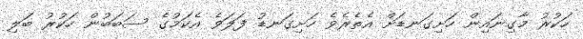
ހަކުރު މާގިނައިން ހަށިގަނޑަށް އެތެރެވެ ހަށިގަނޑު ފަލަވެ އެކަމުގެ ސަބަބުން ހަކުރު ބަލި